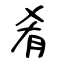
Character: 肴